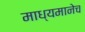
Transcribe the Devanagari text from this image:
माध्यमानेच